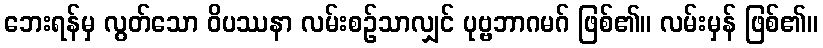
ဘေးရန်မှ လွတ်သော ဝိပဿနာ လမ်းစဉ်သာလျှင် ပုဗ္ဗဘာဂမဂ် ဖြစ်၏။ လမ်းမှန် ဖြစ်၏။